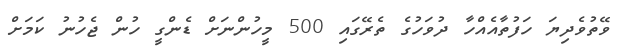
ވޭތުވެދިޔަ ހަފުތާއެއްހާ ދުވަހުގެ ތެރޭގައި 500 މީހުންނަށް ޑެންގީ ހުން ޖެހުނު ކަމަށް